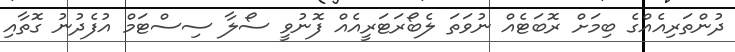
ދުންތަރިއެއްގެ ބިމަށް ރޮބަޓެއް ނުވަތަ ލެބޯރަޓަރީއެއް ފޮނުވީ ސޯލާ ސިސްޓަމް އުފެދުނު ގޮތާއި